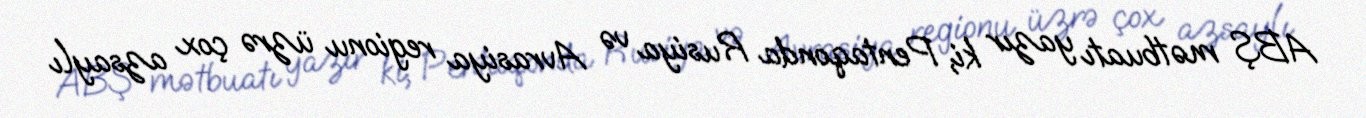
ABŞ mətbuatı yazır ki, Pentaqonda Rusiya və Avrasiya regionu üzrə çox azsaylı